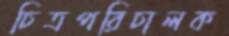
চিত্রপরিচালক